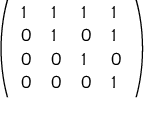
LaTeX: \left( \begin{array} { l l l l } { 1 } & { 1 } & { 1 } & { 1 } \\ { 0 } & { 1 } & { 0 } & { 1 } \\ { 0 } & { 0 } & { 1 } & { 0 } \\ { 0 } & { 0 } & { 0 } & { 1 } \end{array} \right)